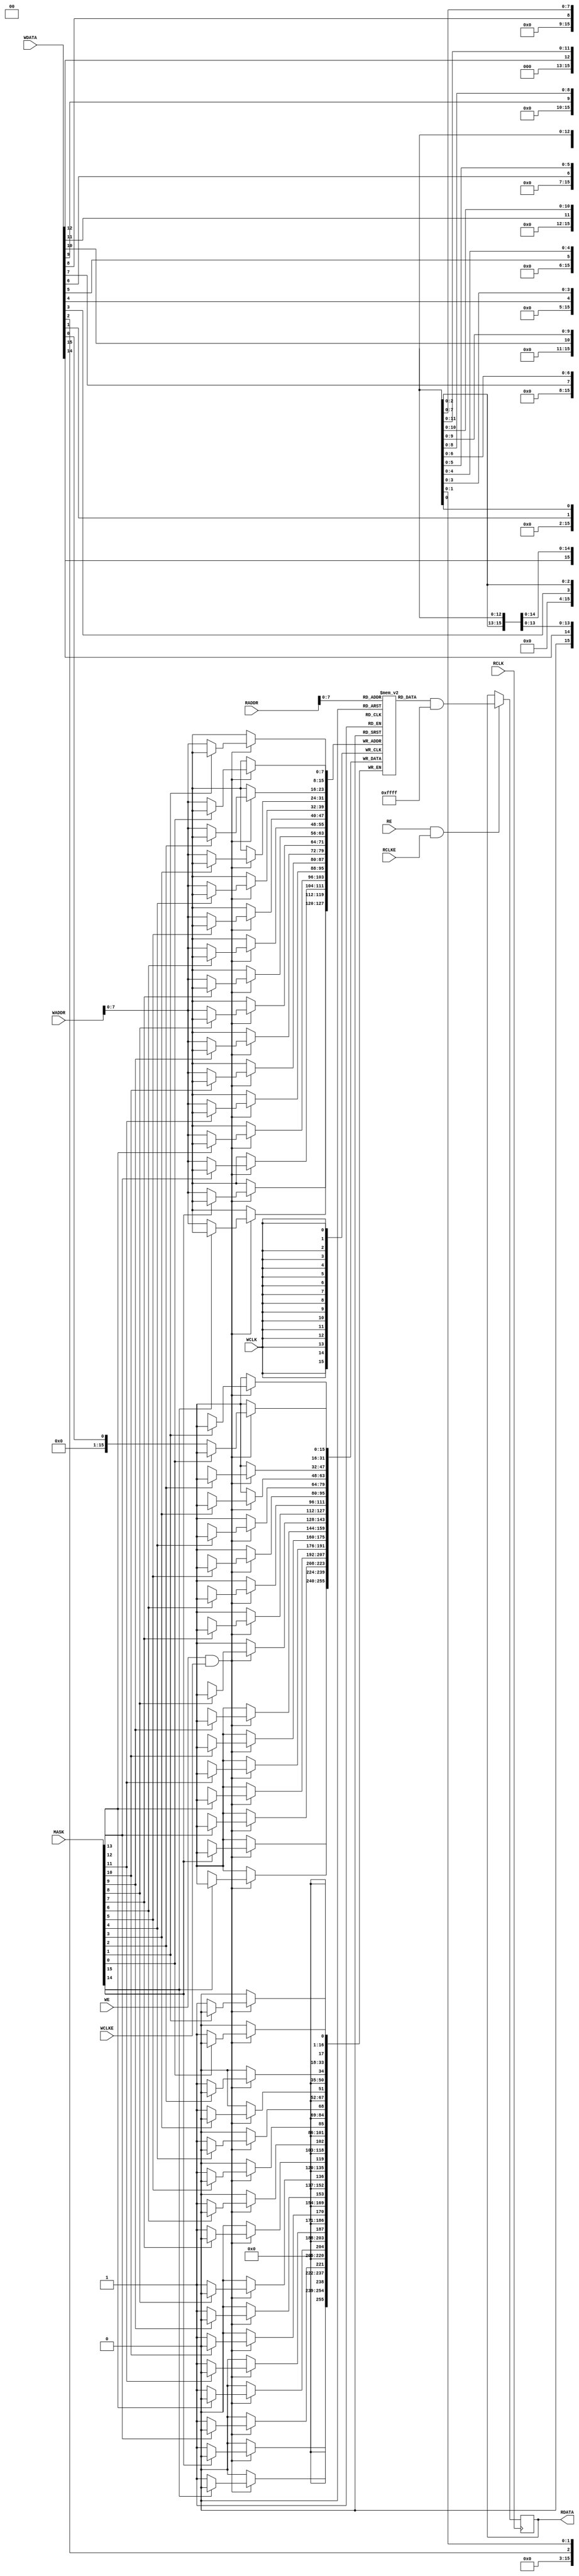
module SB_RAM40_4K 
  #(parameter
    INIT_0 = 256'h0000000000000000000000000000000000000000000000000000000000000000,
    INIT_1 = 256'h0000000000000000000000000000000000000000000000000000000000000000,
    INIT_2 = 256'h0000000000000000000000000000000000000000000000000000000000000000,
    INIT_3 = 256'h0000000000000000000000000000000000000000000000000000000000000000,
    INIT_4 = 256'h0000000000000000000000000000000000000000000000000000000000000000,
    INIT_5 = 256'h0000000000000000000000000000000000000000000000000000000000000000,
    INIT_6 = 256'h0000000000000000000000000000000000000000000000000000000000000000,
    INIT_7 = 256'h0000000000000000000000000000000000000000000000000000000000000000,
    INIT_8 = 256'h0000000000000000000000000000000000000000000000000000000000000000,
    INIT_9 = 256'h0000000000000000000000000000000000000000000000000000000000000000,
    INIT_A = 256'h0000000000000000000000000000000000000000000000000000000000000000,
    INIT_B = 256'h0000000000000000000000000000000000000000000000000000000000000000,
    INIT_C = 256'h0000000000000000000000000000000000000000000000000000000000000000,
    INIT_D = 256'h0000000000000000000000000000000000000000000000000000000000000000,
    INIT_E = 256'h0000000000000000000000000000000000000000000000000000000000000000,
    INIT_F = 256'h0000000000000000000000000000000000000000000000000000000000000000,
    WRITE_MODE = 0,
    READ_MODE  = 0 )
   (
    output reg [15:0] RDATA,
    /* verilator lint_off UNUSED */
    input [15:0]      MASK,
    input [15:0]      WDATA,
    input [10:0]      WADDR,
    input [10:0]      RADDR, 
    /* verilator lint_on UNUSED */
    input             RE,WE, WCLK, RCLK,RCLKE, WCLKE
    );

   // MODE 0:  256 x 16
   // MODE 1:  512 x 8
   // MODE 2: 1024 x 4
   // MODE 3: 2048 x 2

   wire [15:0]        WMASK_I;
   wire [15:0]        RMASK_I;

   reg [15:0]         RDATA_I;
   wire [15:0]        WDATA_I;

   generate
      case (WRITE_MODE)
	0: assign WMASK_I = MASK;
        
	1: assign WMASK_I = WADDR[   8] == 0 ? 16'b 1010_1010_1010_1010 :
			    WADDR[   8] == 1 ? 16'b 0101_0101_0101_0101 : 16'bx;
        
	2: assign WMASK_I = WADDR[ 9:8] == 0 ? 16'b 1110_1110_1110_1110 :
			    WADDR[ 9:8] == 1 ? 16'b 1101_1101_1101_1101 :
			    WADDR[ 9:8] == 2 ? 16'b 1011_1011_1011_1011 :
			    WADDR[ 9:8] == 3 ? 16'b 0111_0111_0111_0111 : 16'bx;
        
	3: assign WMASK_I = WADDR[10:8] == 0 ? 16'b 1111_1110_1111_1110 :
			    WADDR[10:8] == 1 ? 16'b 1111_1101_1111_1101 :
			    WADDR[10:8] == 2 ? 16'b 1111_1011_1111_1011 :
			    WADDR[10:8] == 3 ? 16'b 1111_0111_1111_0111 :
			    WADDR[10:8] == 4 ? 16'b 1110_1111_1110_1111 :
			    WADDR[10:8] == 5 ? 16'b 1101_1111_1101_1111 :
			    WADDR[10:8] == 6 ? 16'b 1011_1111_1011_1111 :
			    WADDR[10:8] == 7 ? 16'b 0111_1111_0111_1111 : 16'bx;
      endcase
      
      case (READ_MODE)
	0: assign RMASK_I = 16'b 0000_0000_0000_0000;
        
	1: assign RMASK_I = RADDR[   8] == 0 ? 16'b 1010_1010_1010_1010 :
			    RADDR[   8] == 1 ? 16'b 0101_0101_0101_0101 : 16'bx;
        
	2: assign RMASK_I = RADDR[ 9:8] == 0 ? 16'b 1110_1110_1110_1110 :
			    RADDR[ 9:8] == 1 ? 16'b 1101_1101_1101_1101 :
			    RADDR[ 9:8] == 2 ? 16'b 1011_1011_1011_1011 :
			    RADDR[ 9:8] == 3 ? 16'b 0111_0111_0111_0111 : 16'bx;
        
	3: assign RMASK_I = RADDR[10:8] == 0 ? 16'b 1111_1110_1111_1110 :
			    RADDR[10:8] == 1 ? 16'b 1111_1101_1111_1101 :
			    RADDR[10:8] == 2 ? 16'b 1111_1011_1111_1011 :
			    RADDR[10:8] == 3 ? 16'b 1111_0111_1111_0111 :
			    RADDR[10:8] == 4 ? 16'b 1110_1111_1110_1111 :
			    RADDR[10:8] == 5 ? 16'b 1101_1111_1101_1111 :
			    RADDR[10:8] == 6 ? 16'b 1011_1111_1011_1111 :
			    RADDR[10:8] == 7 ? 16'b 0111_1111_0111_1111 : 16'bx;
      endcase
      
      case (WRITE_MODE)
	0: assign WDATA_I = WDATA;
        
	1: assign WDATA_I = {WDATA[14], WDATA[14], WDATA[12], WDATA[12],
			     WDATA[10], WDATA[10], WDATA[ 8], WDATA[ 8],
			     WDATA[ 6], WDATA[ 6], WDATA[ 4], WDATA[ 4],
			     WDATA[ 2], WDATA[ 2], WDATA[ 0], WDATA[ 0]};
        
	2: assign WDATA_I = {WDATA[13], WDATA[13], WDATA[13], WDATA[13],
			     WDATA[ 9], WDATA[ 9], WDATA[ 9], WDATA[ 9],
			     WDATA[ 5], WDATA[ 5], WDATA[ 5], WDATA[ 5],
			     WDATA[ 1], WDATA[ 1], WDATA[ 1], WDATA[ 1]};
        
	3: assign WDATA_I = {WDATA[11], WDATA[11], WDATA[11], WDATA[11],
			     WDATA[11], WDATA[11], WDATA[11], WDATA[11],
			     WDATA[ 3], WDATA[ 3], WDATA[ 3], WDATA[ 3],
			     WDATA[ 3], WDATA[ 3], WDATA[ 3], WDATA[ 3]};
      endcase
      
      case (READ_MODE)
	0: assign RDATA = RDATA_I;
	1: assign RDATA = {1'b0, |RDATA_I[15:14], 1'b0, |RDATA_I[13:12], 1'b0, |RDATA_I[11:10], 1'b0, |RDATA_I[ 9: 8],
			   1'b0, |RDATA_I[ 7: 6], 1'b0, |RDATA_I[ 5: 4], 1'b0, |RDATA_I[ 3: 2], 1'b0, |RDATA_I[ 1: 0]};
	2: assign RDATA = {2'b0, |RDATA_I[15:12], 3'b0, |RDATA_I[11: 8], 3'b0, |RDATA_I[ 7: 4], 3'b0, |RDATA_I[ 3: 0], 1'b0};
	3: assign RDATA = {4'b0, |RDATA_I[15: 8], 7'b0, |RDATA_I[ 7: 0], 3'b0};
      endcase
   endgenerate
      
   integer            i;
   reg [15:0]         memory [0:255];
   
   initial begin
      for (i=0; i<16; i=i+1) begin
/* verilator lint_off INITIALDLY */
	 memory[ 0*16 + i] <= INIT_0[16*i +: 16];
	 memory[ 1*16 + i] <= INIT_1[16*i +: 16];
	 memory[ 2*16 + i] <= INIT_2[16*i +: 16];
	 memory[ 3*16 + i] <= INIT_3[16*i +: 16];
	 memory[ 4*16 + i] <= INIT_4[16*i +: 16];
	 memory[ 5*16 + i] <= INIT_5[16*i +: 16];
	 memory[ 6*16 + i] <= INIT_6[16*i +: 16];
	 memory[ 7*16 + i] <= INIT_7[16*i +: 16];
	 memory[ 8*16 + i] <= INIT_8[16*i +: 16];
	 memory[ 9*16 + i] <= INIT_9[16*i +: 16];
	 memory[10*16 + i] <= INIT_A[16*i +: 16];
	 memory[11*16 + i] <= INIT_B[16*i +: 16];
	 memory[12*16 + i] <= INIT_C[16*i +: 16];
	 memory[13*16 + i] <= INIT_D[16*i +: 16];
	 memory[14*16 + i] <= INIT_E[16*i +: 16];
	 memory[15*16 + i] <= INIT_F[16*i +: 16];
/* verilator lint_on INITIALDLY */
      end
   end

   always @(posedge WCLK) begin
      if (WE && WCLKE) begin
	 if (!WMASK_I[ 0]) memory[WADDR[7:0]][ 0] <= WDATA_I[ 0];
	 if (!WMASK_I[ 1]) memory[WADDR[7:0]][ 1] <= WDATA_I[ 1];
	 if (!WMASK_I[ 2]) memory[WADDR[7:0]][ 2] <= WDATA_I[ 2];
	 if (!WMASK_I[ 3]) memory[WADDR[7:0]][ 3] <= WDATA_I[ 3];
	 if (!WMASK_I[ 4]) memory[WADDR[7:0]][ 4] <= WDATA_I[ 4];
	 if (!WMASK_I[ 5]) memory[WADDR[7:0]][ 5] <= WDATA_I[ 5];
	 if (!WMASK_I[ 6]) memory[WADDR[7:0]][ 6] <= WDATA_I[ 6];
	 if (!WMASK_I[ 7]) memory[WADDR[7:0]][ 7] <= WDATA_I[ 7];
	 if (!WMASK_I[ 8]) memory[WADDR[7:0]][ 8] <= WDATA_I[ 8];
	 if (!WMASK_I[ 9]) memory[WADDR[7:0]][ 9] <= WDATA_I[ 9];
	 if (!WMASK_I[10]) memory[WADDR[7:0]][10] <= WDATA_I[10];
	 if (!WMASK_I[11]) memory[WADDR[7:0]][11] <= WDATA_I[11];
	 if (!WMASK_I[12]) memory[WADDR[7:0]][12] <= WDATA_I[12];
	 if (!WMASK_I[13]) memory[WADDR[7:0]][13] <= WDATA_I[13];
	 if (!WMASK_I[14]) memory[WADDR[7:0]][14] <= WDATA_I[14];
	 if (!WMASK_I[15]) memory[WADDR[7:0]][15] <= WDATA_I[15];
      end
   end
   
   always @(posedge RCLK) begin
      if (RE && RCLKE) begin
	 RDATA_I <= memory[RADDR[7:0]] & ~RMASK_I;
      end
   end

`ifdef verilator
   function [15:0] get_as_16;
      input [7:0]     adr;
      // verilator public
      get_as_16 = memory[adr];
   endfunction
  
   function [15:0] set_as_16;
      input [7:0]     adr;
      input [15:0]    data;
      // verilator public
      memory[adr] = data;
      set_as_16 = 0; // dummy
   endfunction

   function [7:0] get_as_8;
      input [8:0]     adr;
      // verilator public
      reg [15:0]      rmask_i = adr[8] ? 16'h5555 : 16'haaaa;
      reg [15:0]      d_i = memory[adr[7:0]] & ~rmask_i;
      get_as_8 = {|d_i[15:14], |d_i[13:12], |d_i[11:10], |d_i[9:8], |d_i[7:6], |d_i[5:4], |d_i[3:2], |d_i[1:0]};
   endfunction
   
   function [7:0] set_as_8;
      input [8:0]     adr;
      input [7:0]     d;
      // verilator public
      reg [15:0]      wdata_i = {{2{d[7]}},{2{d[6]}},{2{d[5]}},{2{d[4]}},{2{d[3]}},{2{d[2]}},{2{d[1]}},{2{d[0]}}};
      reg [15:0]      wmask_i = adr[8] ? 16'h5555 : 16'haaaa;
      memory[adr[7:0]] = (~wmask_i & wdata_i) | (wmask_i & memory[adr[7:0]]);
      set_as_8 = 0; // dummy
   endfunction

   function [3:0] get_as_4;
      input [9:0]     adr;
      // verilator public
      reg [15:0]      rmask_i = adr[9] ? (adr[8] ? 16'h7777 : 16'hbbbb) : (adr[8] ? 16'hdddd : 16'heeee);
      reg [15:0]      d_i = memory[adr[7:0]] & ~rmask_i;
      get_as_4 = {|d_i[15:12], |d_i[11:8], |d_i[7:4], |d_i[3:0]};
   endfunction
   
   function [3:0] set_as_4;
      input [9:0]     adr;
      input [3:0]     d;
      // verilator public
      reg [15:0]      wdata_i = {{4{d[3]}},{4{d[2]}},{4{d[1]}},{4{d[0]}}};
      reg [15:0]      wmask_i = adr[9] ? (adr[8] ? 16'h7777 : 16'hbbbb) : (adr[8] ? 16'hdddd : 16'heeee);
      memory[adr[7:0]] = (~wmask_i & wdata_i) | (wmask_i & memory[adr[7:0]]);
      set_as_4 = 0; // dummy
   endfunction
   
   function [1:0] get_as_2;
      input [10:0]    adr;
      // verilator public
      reg [15:0]      rmask_i = adr[10] ?
                      (adr[9] ? (adr[8] ? 16'h7f7f : 16'hbfbf) : (adr[8] ? 16'hdfdf : 16'hefef)) :
                      (adr[9] ? (adr[8] ? 16'hf7f7 : 16'hfbfb) : (adr[8] ? 16'hfdfd : 16'hfefe));
      reg [15:0]      d_i = memory[adr[7:0]] & ~rmask_i;
      get_as_2 = {|d_i[15:8], |d_i[7:0]};
   endfunction
   
   function [1:0] set_as_2;
      input [10:0]    adr;
      input [1:0]     d;
      // verilator public
      reg [15:0]      wdata_i = {{8{d[1]}},{8{d[0]}}};
      reg [15:0]      wmask_i = adr[10] ?
                      (adr[9] ? (adr[8] ? 16'h7f7f : 16'hbfbf) : (adr[8] ? 16'hdfdf : 16'hefef)) :
                      (adr[9] ? (adr[8] ? 16'hf7f7 : 16'hfbfb) : (adr[8] ? 16'hfdfd : 16'hfefe));
      memory[adr[7:0]] = (~wmask_i & wdata_i) | (wmask_i & memory[adr[7:0]]);
      set_as_2 = 0; // dummy
   endfunction
   
`endif


endmodule